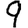
Digit: 9